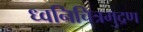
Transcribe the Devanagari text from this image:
ध्वनिचित्रमुद्रण